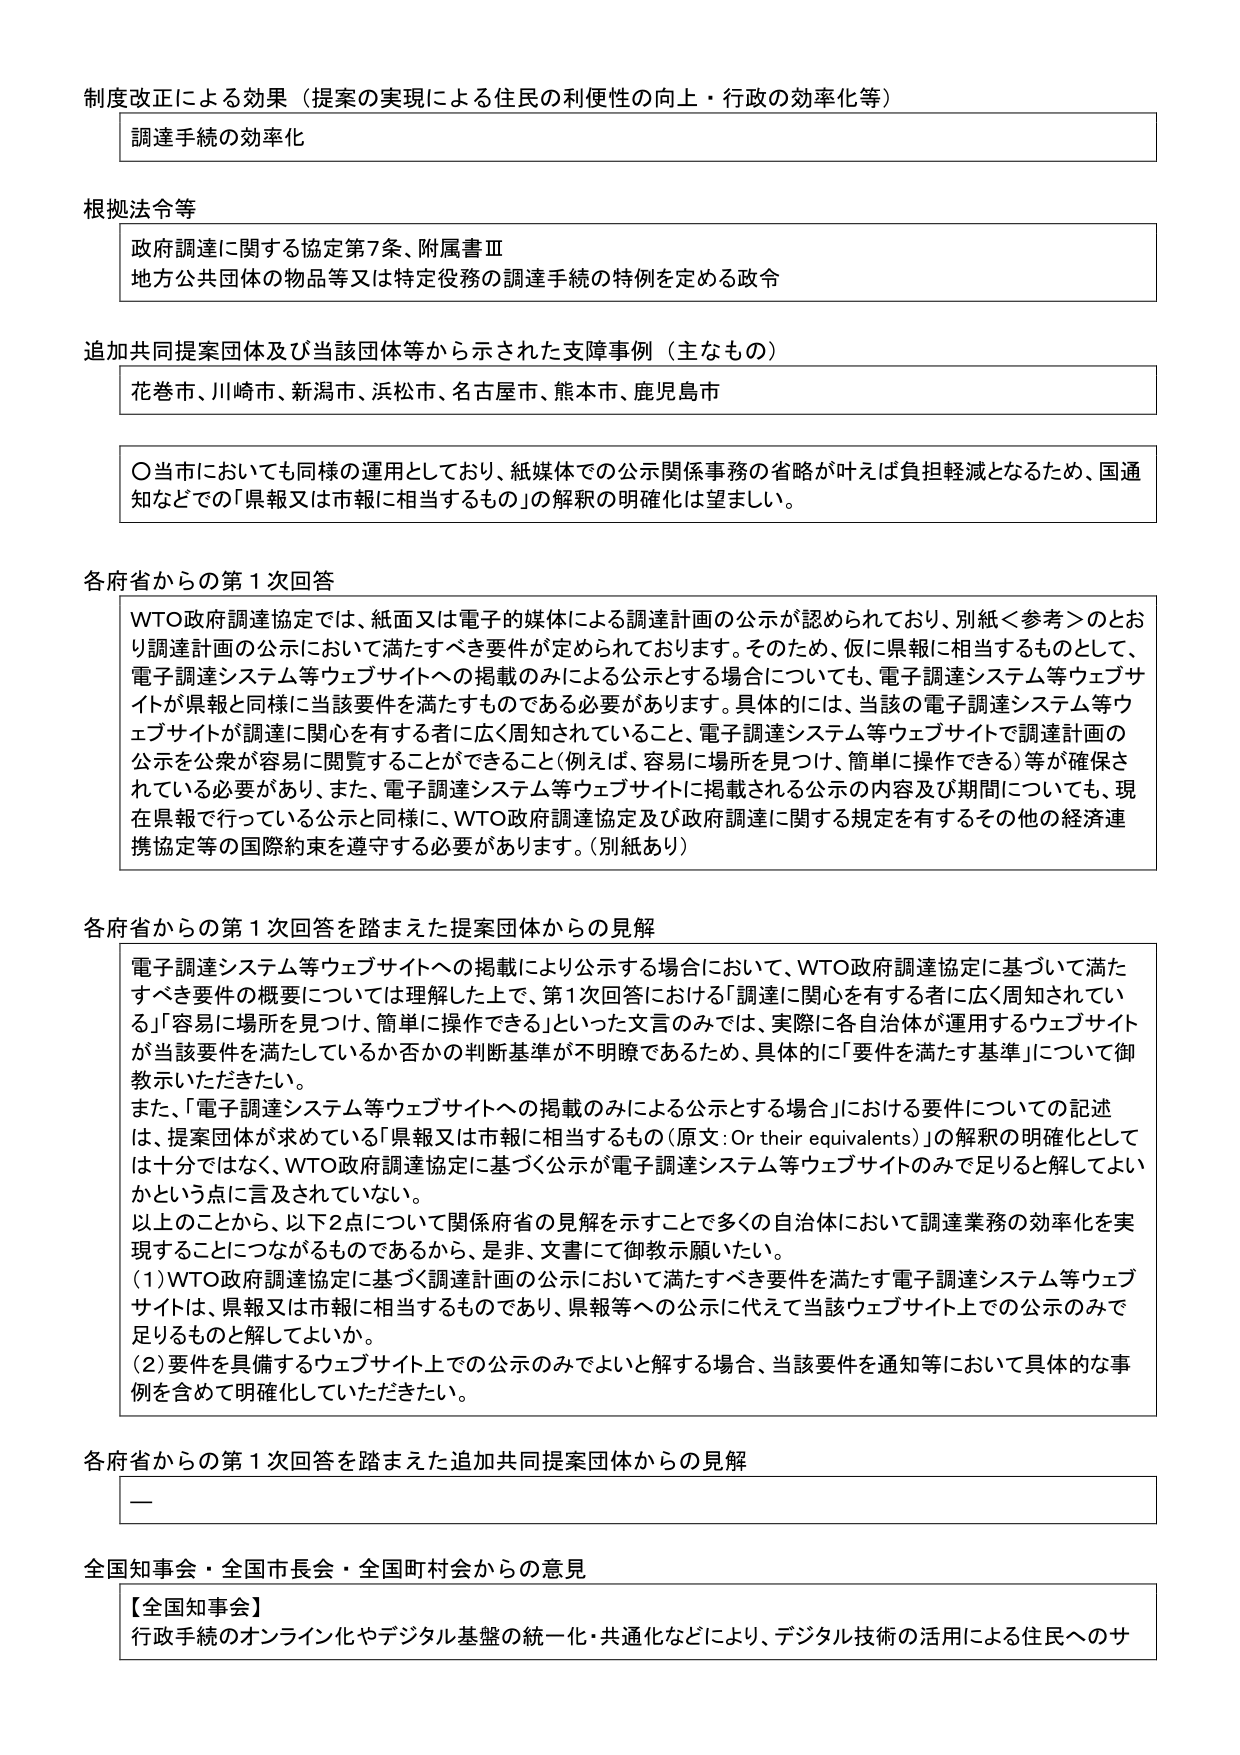
制度改正による効果（提案の実現による住民の利便性の向上・行政の効率化等）
調達手続の効率化

根拠法令等
政府調達に関する協定第7条、附属書Ⅲ
地方公共団体の物品等又は特定役務の調達手続の特例を定める政令

追加共同提案団体及び当該団体等から示された支援事例（主なもの）
花巻市、川崎市、新潟市、浜松市、名古屋市、熊本市、鹿児島市

〇当市においても同様の運用としており、紙媒体での公示関係事務の省略が叶えば負担軽減となるため、国通知などでの「県報又は市報に相当するもの」の解釈の明確化は望ましい。

各府省からの第1次回答
WTO政府調達協定では、紙面又は電子の媒体による調達計画の公示が認められており、別紙＜参考＞のとおり調達計画の公示において満たすべき要件が定められております。そのため、仮に県報に相当するものとして、電子調達システム等ウェブサイトへの掲載のみによる公示とする場合についても、電子調達システム等ウェブサイトが県報と同様に当該要件を満たすものである必要があります。具体的には、当該の電子調達システム等ウェブサイトに調達に関心を有する者に広く周知されていること、電子調達システム等ウェブサイトで調達計画の公示を公衆が容易に閲覧することができるこ（例えば、容易に場所を見つけ、簡単に操作できる）等が確保されている必要があり、また、電子調達システム等ウェブサイトに掲載される公示の内容及び期間についても、現在県報で行っている公示と同様に、WTO政府調達協定及び政府調達に関する規定を有するその他の経済連携協定等の国際約束を遵守する必要があります。（別紙あり）

各府省からの第1次回答を踏まえた提案団体からの見解
電子調達システム等ウェブサイトへの掲載により公示する場合において、WTO政府調達協定に基づいて満たすべき要件の概要については理解した上で、第1次回答における「調達に関心を有する者に広く周知されている」「容易に場所を見つけ、簡単に操作できる」といった文言のみでは、実際に各自治体が運用するウェブサイトが当該要件を満たしているか否かの判断基準が不明瞭であるため、具体的に「要件を満たす基準」について御教示いただきたい。
また、「電子調達システム等ウェブサイトへの掲載のみによる公示とする場合」における要件についての記述は、提案団体が求めている「県報又は市報に相当するもの（原文：Or their equivalents）」の解釈の明確化としては十分ではなく、WTO政府調達協定に基づく公示が電子調達システム等ウェブサイトのみで足りると解してよいかという点に言及されていない。
以上のことから、以下2点について関係府省の見解を示すことで多くの自治体において調達業務の効率化を実現することにつながるものであるから、是非、文書にて御教示願いたい。
（1）WTO政府調達協定に基づく調達計画の公示において満たすべき要件を満たす電子調達システム等ウェブサイトは、県報又は市報に相当するものであり、県報等への公示に代えて当該ウェブサイト上での公示のみで足りるものと解してよいか。
（2）要件を具備するウェブサイト上での公示のみでよいと解する場合、当該要件を通知等において具体的な事例を含めて明確化していただきたい。

各府省からの第1次回答を踏まえた追加共同提案団体からの見解
—

全国知事会・全国市長会・全国町村会からの意見
【全国知事会】
行政手続のオンライン化やデジタル基盤の統一化・共通化などにより、デジタル技術の活用による住民へのサ